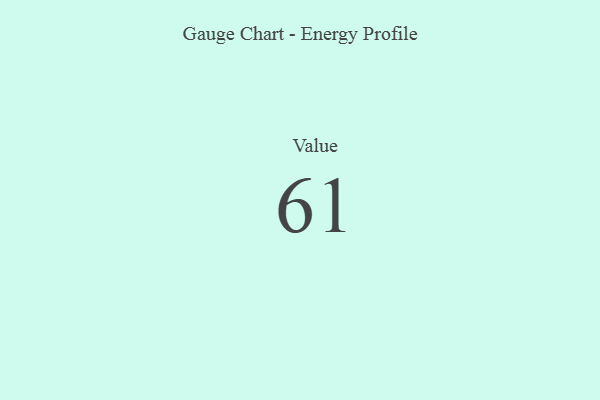
{"axis": {"x": "Metric", "y": "Value"}, "legend": [""], "data": [{"x": "Value", "y": 61, "type": ""}]}